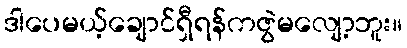
ဒါပေမယ့်ချောင်ရှီရန်ကဇွဲမလျော့ဘူး။